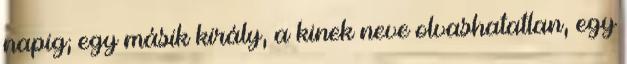
napig; egy másik király, a kinek neve olvashatatlan, egy